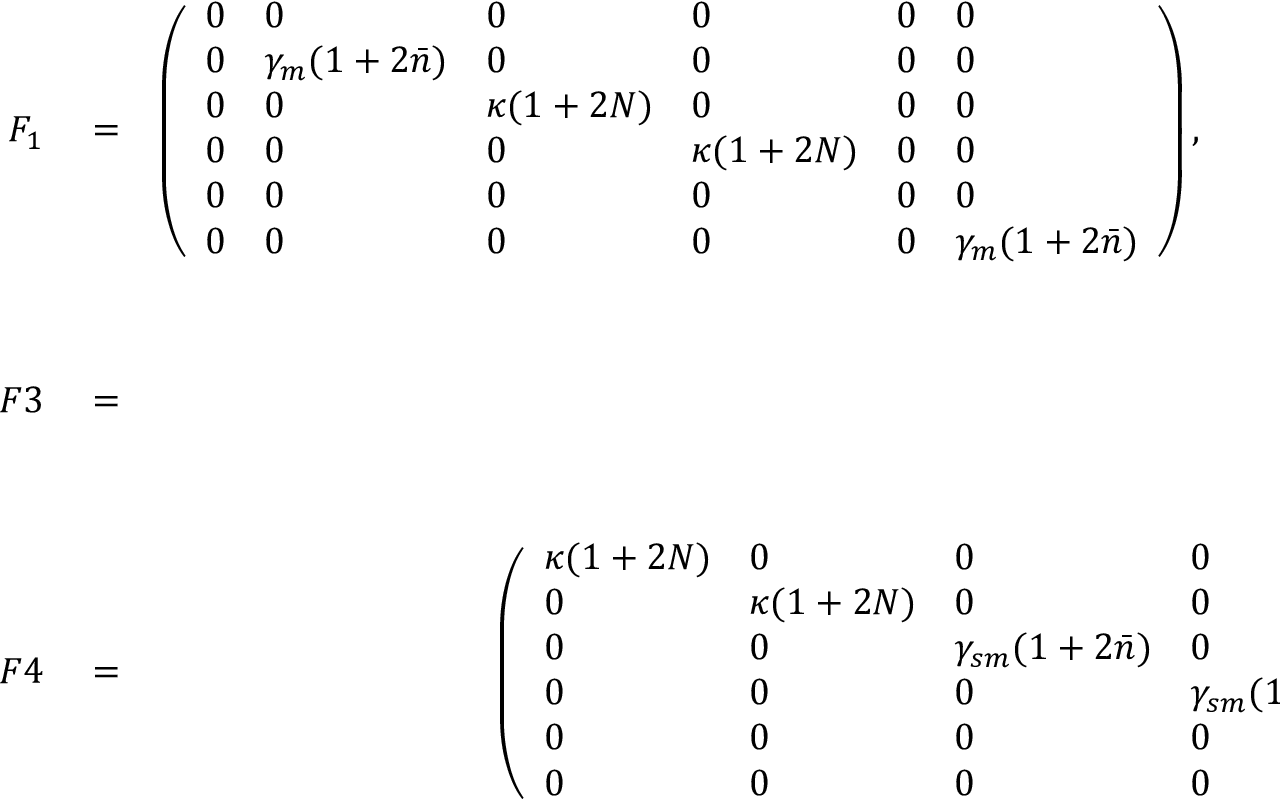
\begin{array} { r l r } { F _ { 1 } } & { { } = } & { \left( \begin{array} { l l l l l l } { 0 } & { 0 } & { 0 } & { 0 } & { 0 } & { 0 } \\ { 0 } & { \gamma _ { m } ( 1 + 2 \bar { n } ) } & { 0 } & { 0 } & { 0 } & { 0 } \\ { 0 } & { 0 } & { \kappa ( 1 + 2 N ) } & { 0 } & { 0 } & { 0 } \\ { 0 } & { 0 } & { 0 } & { \kappa ( 1 + 2 N ) } & { 0 } & { 0 } \\ { 0 } & { 0 } & { 0 } & { 0 } & { 0 } & { 0 } \\ { 0 } & { 0 } & { 0 } & { 0 } & { 0 } & { \gamma _ { m } ( 1 + 2 \bar { n } ) } \end{array} \right) , \quad \quad F 2 = \left( \begin{array} { l l l l l l } { 0 } & { 0 } & { 0 } & { 0 } & { 0 } & { 0 } \\ { 0 } & { 0 } & { 0 } & { 0 } & { 0 } & { 0 } \\ { 2 M \kappa } & { 0 } & { 0 } & { 0 } & { 0 } & { 0 } \\ { 0 } & { - 2 M \kappa } & { 0 } & { 0 } & { 0 } & { 0 } \\ { 0 } & { 0 } & { 0 } & { 0 } & { 0 } & { 0 } \\ { 0 } & { 0 } & { 0 } & { 0 } & { 0 } & { 0 } \end{array} \right) } \\ { F 3 } & { { } = } & { \left( \begin{array} { l l l l l l } { 0 } & { 0 } & { 2 M \kappa } & { 0 } & { 0 } & { 0 } \\ { 0 } & { 0 } & { 0 } & { - 2 M \kappa } & { 0 } & { 0 } \\ { 0 } & { 0 } & { 0 } & { 0 } & { 0 } & { 0 } \\ { 0 } & { 0 } & { 0 } & { 0 } & { 0 } & { 0 } \\ { 0 } & { 0 } & { 0 } & { 0 } & { 0 } & { 0 } \\ { 0 } & { 0 } & { 0 } & { 0 } & { 0 } & { 0 } \end{array} \right) , } \\ { F 4 } & { { } = } & { \left( \begin{array} { l l l l l l } { \kappa ( 1 + 2 N ) } & { 0 } & { 0 } & { 0 } & { 0 } & { 0 } \\ { 0 } & { \kappa ( 1 + 2 N ) } & { 0 } & { 0 } & { 0 } & { 0 } \\ { 0 } & { 0 } & { \gamma _ { s m } ( 1 + 2 \bar { n } ) } & { 0 } & { 0 } & { 0 } \\ { 0 } & { 0 } & { 0 } & { \gamma _ { s m } ( 1 + 2 \bar { n } ) } & { 0 } & { 0 } \\ { 0 } & { 0 } & { 0 } & { 0 } & { \gamma _ { s m } ( 1 + 2 \bar { n } ) } & { 0 } \\ { 0 } & { 0 } & { 0 } & { 0 } & { 0 } & { \gamma _ { s m } ( 1 + 2 \bar { n } ) } \end{array} \right) . } \end{array}